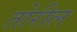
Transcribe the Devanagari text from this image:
तोरील